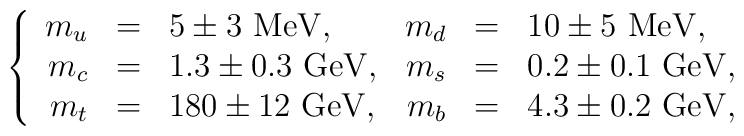
\left\{\begin{array}{rclrcl}m_u&=&5\pm 3\ {\rm MeV},&m_d&=&10\pm 5\ {\rm MeV},\\m_c&=&1.3\pm 0.3\ {\rm GeV},&m_s&=&0.2\pm 0.1\ {\rm GeV},\\m_t&=&180\pm 12\ {\rm GeV},&m_b&=&4.3\pm 0.2\ {\rm GeV},\end{array}\right.